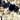
هي